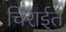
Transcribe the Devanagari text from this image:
चिराईत